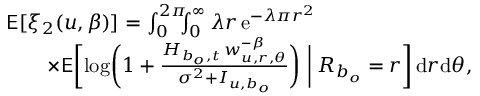
\begin{array} { r l } & { \mathsf { E } [ \xi _ { 2 } ( u , \beta ) ] = \int _ { 0 } ^ { 2 \pi } \! \! \! \int _ { 0 } ^ { \infty } \lambda r \, \mathrm { e } ^ { - \lambda \pi r ^ { 2 } } \, } \\ & { \qquad \mathrm \times \mathsf { E } \biggl [ \log \biggl ( 1 + \frac { H _ { b _ { o } , t } \, w _ { u , r , \theta } ^ { - \beta } } { \sigma ^ { 2 } + I _ { u , b _ { o } } } \biggr ) \biggm | R _ { b _ { o } } = r \biggr ] \, \mathrm { d } r \mathrm { d } \theta , } \end{array}